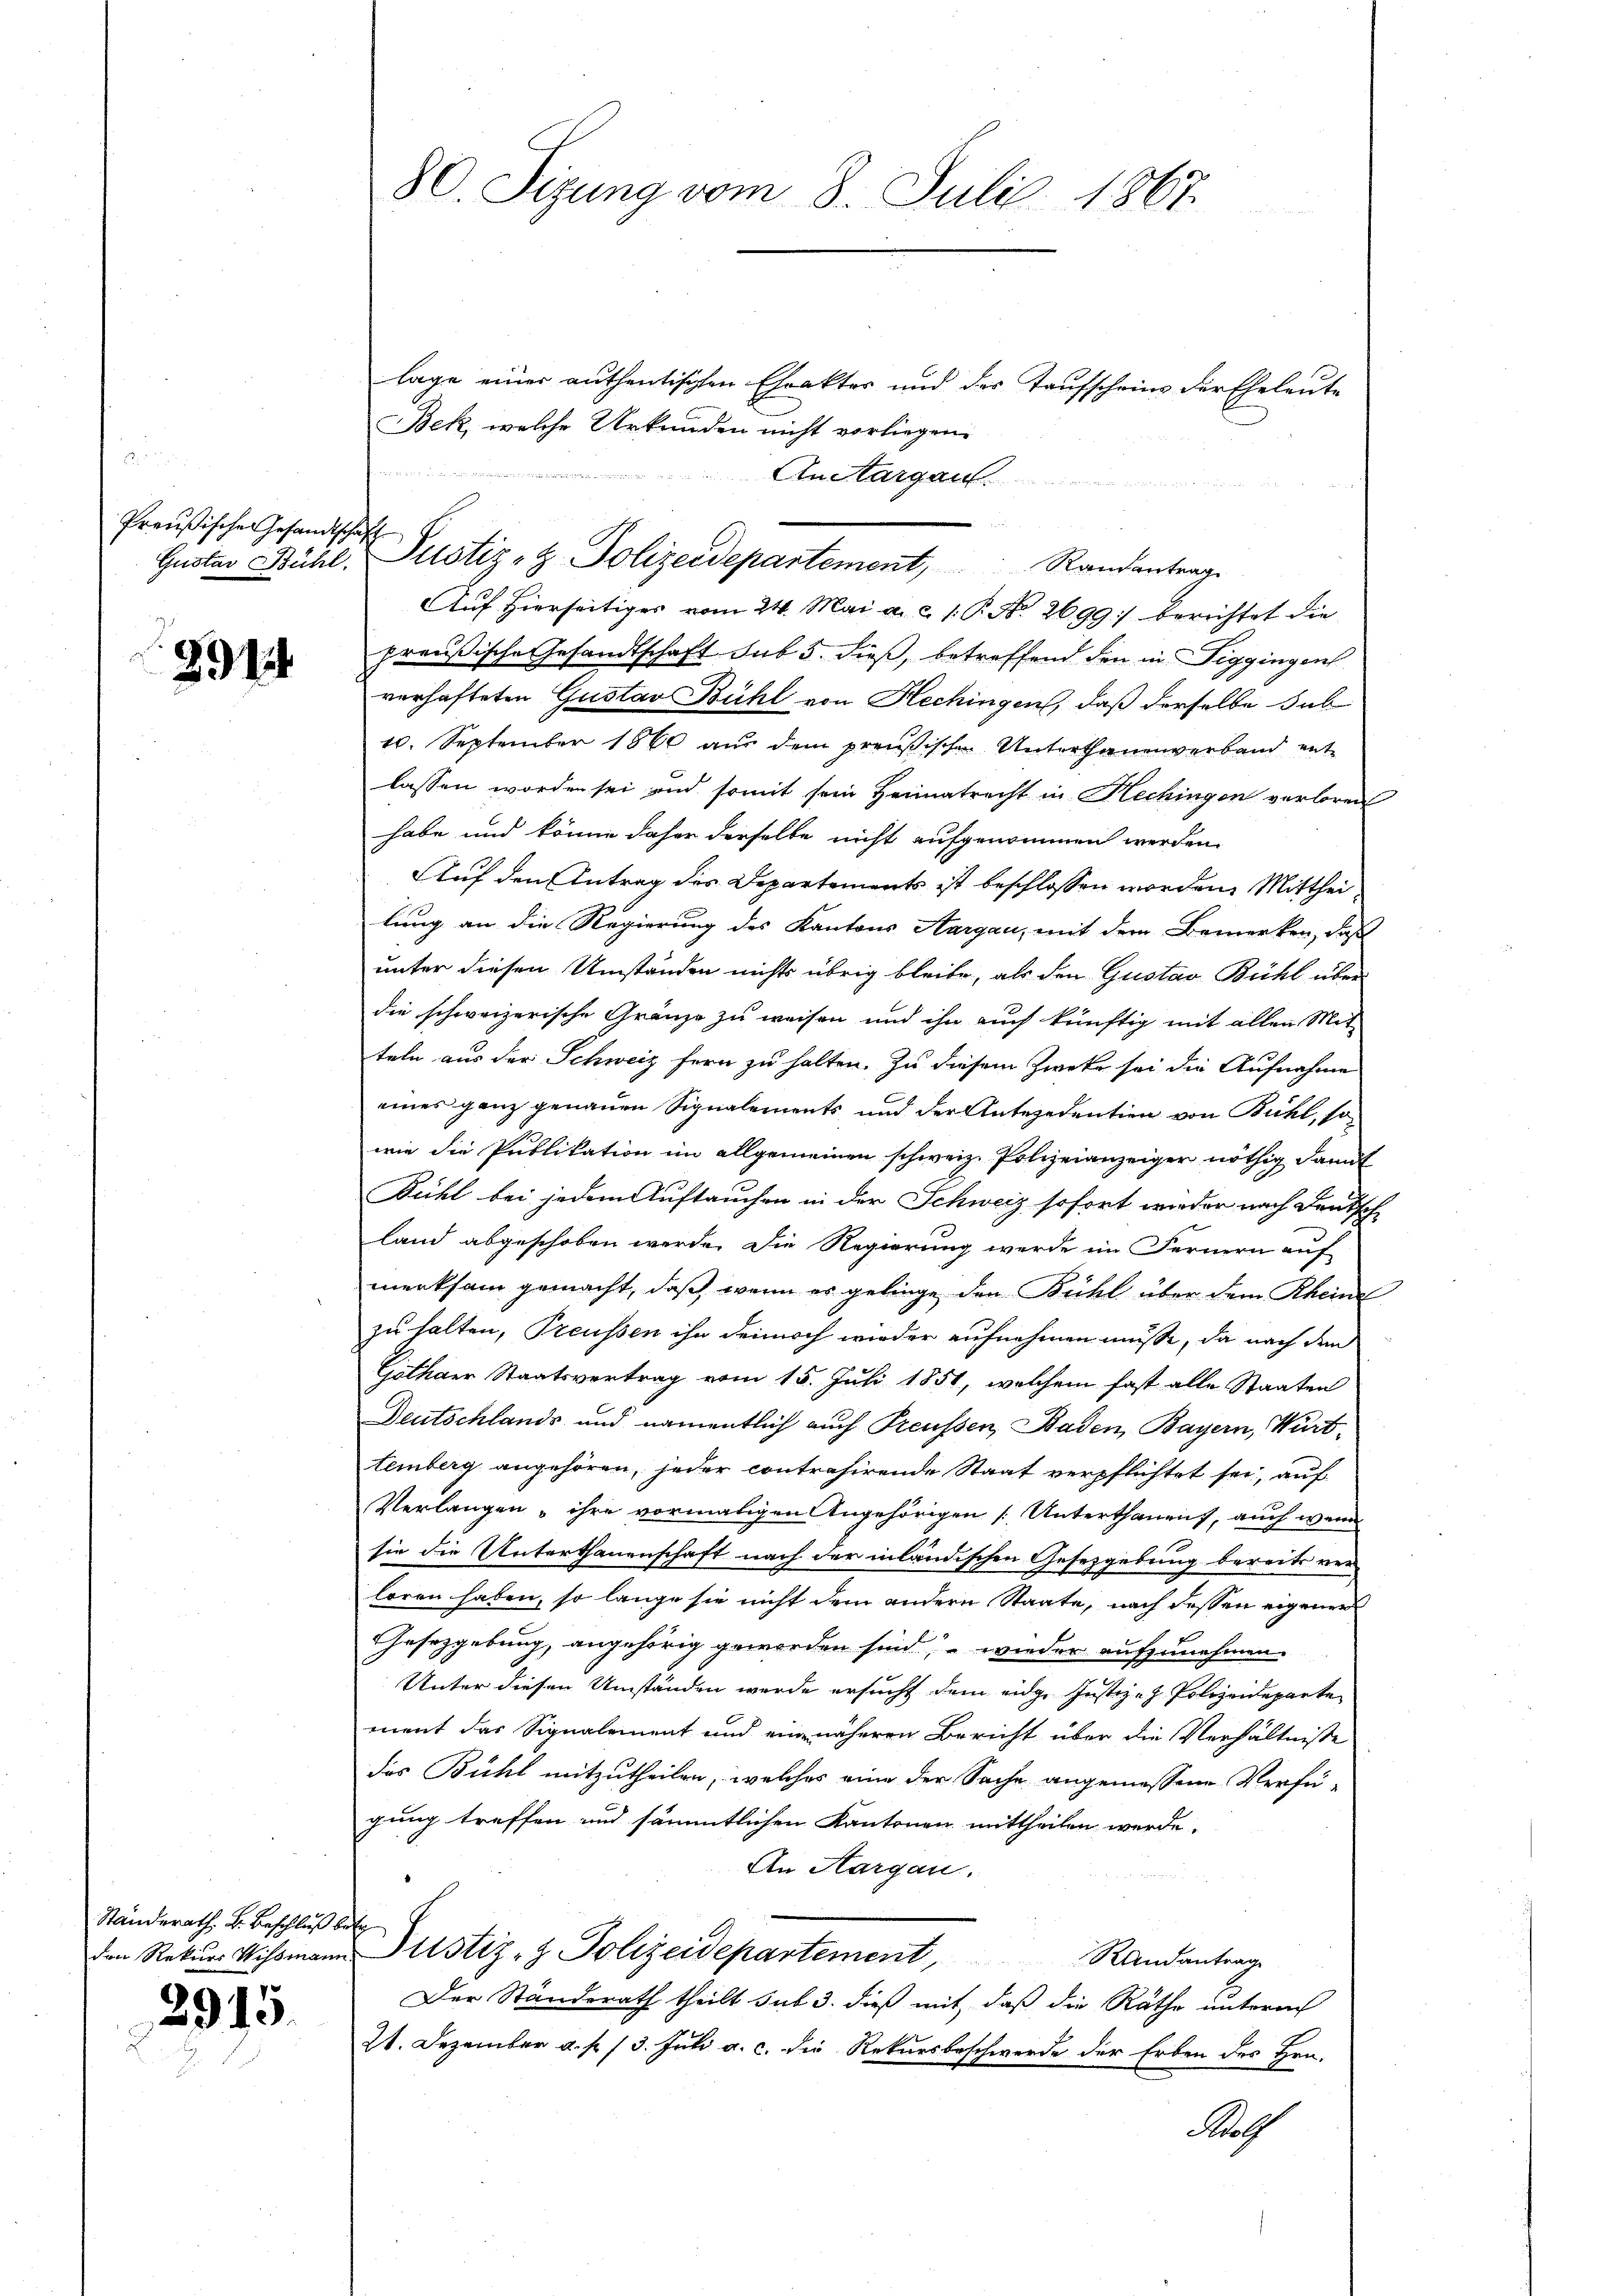
Preußischen Gesandtschaft

291

Ständerath. B. Beschlußs

2915.

lage einer authentischen Ehrakter und der Taufscheins der Eheleute
Bek, welche Urkunden nicht vorliegen.
An Thurgau
Auf Hierseitiges vom 24. Mai a. c. 1. P. No. 2699) berichtet die
preußische Gesandtschaft sub 5. dieß, betreffend den in Figgingen
verhafteten Gustav Bühl von Hechingen, daß derselbe sub
10. September 1860 aŭs dem preußischen Unterthanenverband ent-
lassen worden sei und somit sein Heimatrecht in Hechingen verloren
habe und könne daher derselbe nicht aufgenommen werden.
Auf den Antrag des Departements ist beschlossen worden. Mittheilung an die Regierung des Kantons Aargau, mit dem Bemerken, daß
unter diesen Umständen nichts übrig bleibe, als den Gustav Bühl über
die schweizerische Gränze zu weisen und ihn auch künftig mit allen Mit-
teln aus der Schweiz fern zu halten. Zu diesem Zweke sei die Aufnahme
eines ganz genauen Signalements und der Antezedentien von Bühl, sowie die Publikation im allgemeinen schweiz. Polizeianzeiger nöthig damit
Bühl bei jedem Auftauchen in der Schweiz sofort wieder nach Deutsch-
land abgeschoben werde. Die Regierung werde im Fernern auf
merksam gemacht, daß, wenn es gelinge den Bühl über dem Rheine
zu halten, Preussen ihn dennoch wieder aufnehmen müsse, da nach den
Gothaer Staatsvertrag vom 15. Juli 1851, welchem fast alle Staaten
Deutschlands und namentlich auch Preussen, Baden, Bayern, Württemberg angehören, jeder contrasirende Staat verpflichtet sei, auf
Verlangen, ihre vormaligen Angehörigen Unterthanens, auch wenn
sie die Unterthanenschaft nach der inländischen Gesetzgebung bereits verloren haben, so lange sie nicht dem andern Staate, nach dessen eigener
Gesetzgebung, angehörig geworden sind, – wieder aufzunehmen
Unter diesen Umständen werde ersucht dem eidge Justiz-Z. Polizeideparte
ment das Signalement und eine näheren Bericht über die Verhältnisse
das Bühl mitzutheilen, welches eine der Sache angemessene Verfü-
gung treffen und sämmtlichen Kantonen mittheilen werde.
An Aargau.
Erte
den Rekŭrs Missmann Pustiz- & Polizeidepartement, Randantrag
Der Standerath theilt sub 3. dieß mit, daß die Räthe unterm
24. Dezember a. p. 13. Juli a. c. die Rekursbeschwerde der Erben des Hrn.
Pro

80. Sizung vom 8. Juli 1867.

Gustav Bühl- Pustiz- & Polizeidepartement, Randantrage